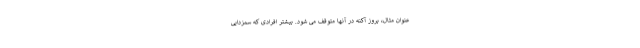
عنوان مثال، بروز آکنه در آنها متوقف می شود. بیشتر افرادی که سمزدایی